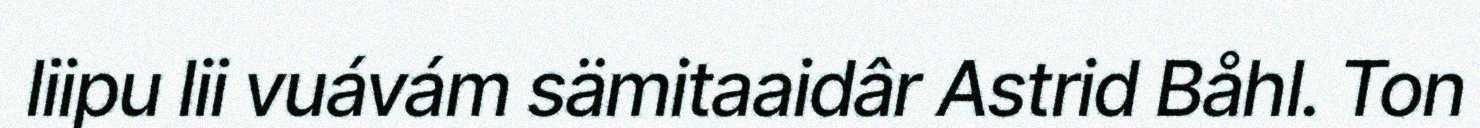
liipu lii vuávám sämitaaidâr Astrid Båhl. Ton